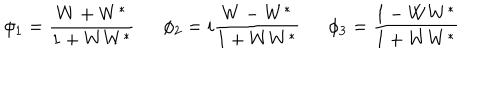
LaTeX: \phi _ { 1 } = \frac { W + W ^ { * } } { 1 + W W ^ { * } } \, \, \, \, \, \, \, \, \, \phi _ { 2 } = i \frac { W - W ^ { * } } { 1 + W W ^ { * } } \, \, \, \, \, \, \, \, \, \phi _ { 3 } = \frac { 1 - W W ^ { * } } { 1 + W W ^ { * } } \, \, \, \, \, \, \, \, \,